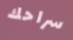
سراحك